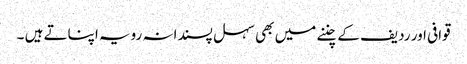
قوافی اور ردیف کے چننے میں بھی سہل پسندانہ رویہ اپناتے ہیں ۔